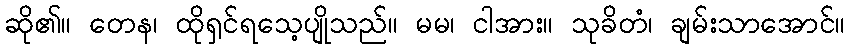
ဆို၏။ တေန၊ ထိုရှင်ရသေ့ပျိုသည်။ မမ၊ ငါအား။ သုခိတံ၊ ချမ်းသာအောင်။